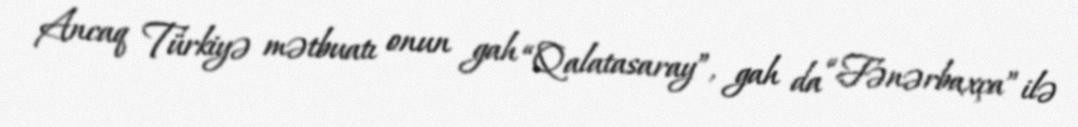
Ancaq Türkiyə mətbuatı onun gah “Qalatasaray”, gah da “Fənərbaxça” ilə